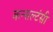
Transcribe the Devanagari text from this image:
कन्सल्टंसी